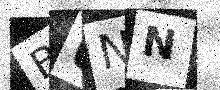
Text: BUNN